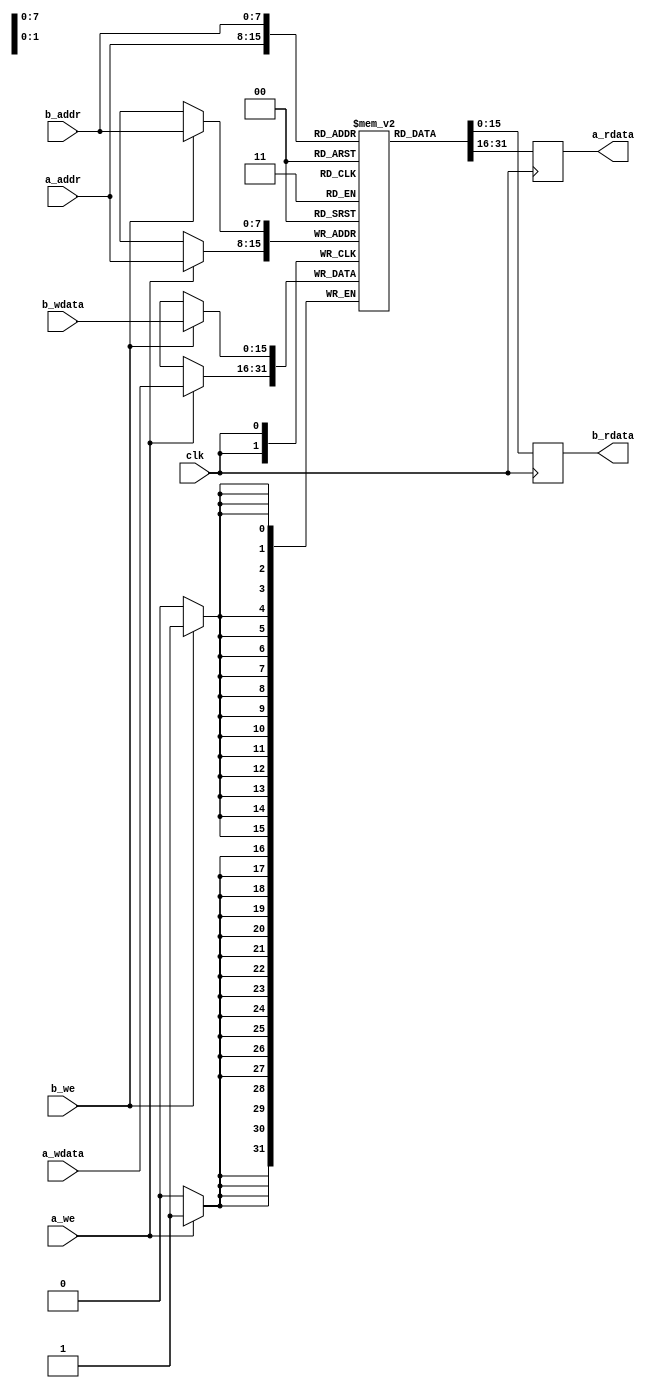
// Copyright 2012, Brian Swetland

`timescale 1ns/1ns

module dualsyncram #(parameter DWIDTH=16, parameter AWIDTH=8) (
	input clk,
	input [AWIDTH-1:0] a_addr,
	input [DWIDTH-1:0] a_wdata,
	input a_we,
	input [AWIDTH-1:0] b_addr,
	input [DWIDTH-1:0] b_wdata,
	input b_we,
	//input [AWIDTH-1:0] a_raddr,
	output reg [DWIDTH-1:0] a_rdata,
	//input [AWIDTH-1:0] b_raddr,
	output reg [DWIDTH-1:0] b_rdata
	);

reg [DWIDTH-1:0] mem[0:2**AWIDTH-1];

always @(posedge clk) begin
	if (a_we)
		mem[a_addr] <= a_wdata;
	a_rdata <= mem[a_addr];
end

always @(posedge clk) begin
	if (b_we)
		mem[b_addr] <= b_wdata;
	b_rdata <= mem[b_addr];
end

endmodule